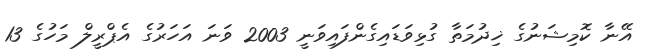
އޭނާ ކޮމިޝަނުގެ ޚިދުމަތާ ގުޅިވަޑައިގެންފައިވަނީ 2003 ވަނަ އަހަރުގެ އެޕްރީލް މަހުގެ 13